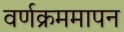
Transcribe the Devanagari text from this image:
वर्णक्रममापन